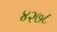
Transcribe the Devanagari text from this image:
४२७८